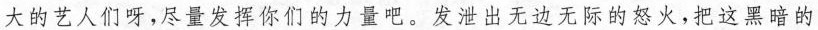
大的艺人们呀，尽量发挥你们的力量吧。发泄出无边无际的怒火，把这黑暗的